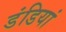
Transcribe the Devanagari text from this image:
डंडियां